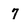
Character: 7